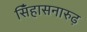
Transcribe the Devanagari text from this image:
सिँहासनारुढ़